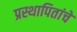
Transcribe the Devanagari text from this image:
प्रस्थापितांचे